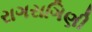
રાગરાગિણી